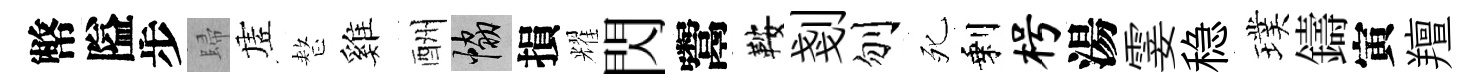
幣隘步歸虗整雞酬協損耀閃鬻鞍剗刎死剩枵湯霎稳璞鑄寅羶